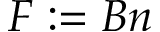
F : = B n